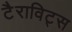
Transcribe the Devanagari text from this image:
टैराविट्स